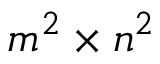
m ^ { 2 } \times n ^ { 2 }